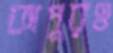
কাপুরও